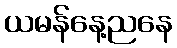
ယမန်နေ့ညနေ